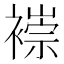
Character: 𫌌